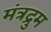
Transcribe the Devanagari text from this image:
मंत्रद्रुम